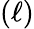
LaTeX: (\ell)